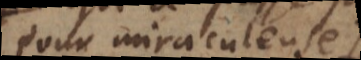
pour miraculeuse